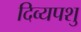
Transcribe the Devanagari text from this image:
दिव्यपशु